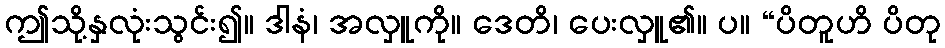
ဤသို့နှလုံးသွင်း၍။ ဒါနံ၊ အလှူကို။ ဒေတိ၊ ပေးလှူ၏။ ပ။ “ပိတူဟိ ပိတု